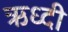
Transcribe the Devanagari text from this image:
ऋध्दी